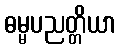
ဓမ္မပညတ္တိယာ